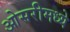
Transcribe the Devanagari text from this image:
ओसरीमध्ये